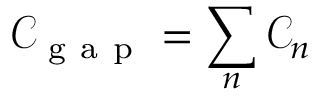
\mathcal { C } _ { \mathrm { ~ g ~ a ~ p ~ } } = \sum _ { n } \mathcal { C } _ { n }